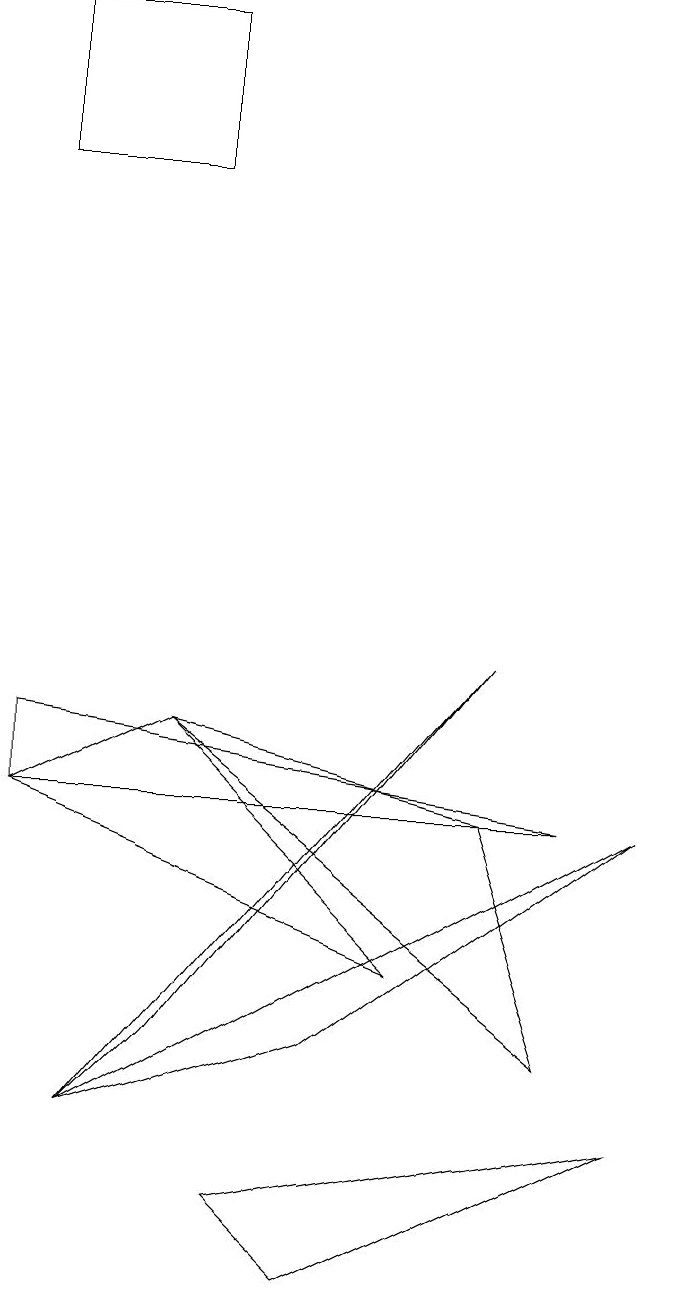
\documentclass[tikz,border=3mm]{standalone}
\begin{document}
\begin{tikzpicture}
\draw (8,2) -- (4,0) -- (3,1) -- cycle;
\draw (8,6) -- (1,2) -- (4,3) -- cycle;
\draw (2,16) rectangle (0,14);
\draw (6,8) -- (1,2) -- (2,3) -- cycle;
\draw (7,3) -- (6,6) -- (2,7) -- cycle;
\draw (0,6) -- (0,7) -- (7,6) -- cycle;
\draw (2,7) -- (0,6) -- (5,4) -- cycle;
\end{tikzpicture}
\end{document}